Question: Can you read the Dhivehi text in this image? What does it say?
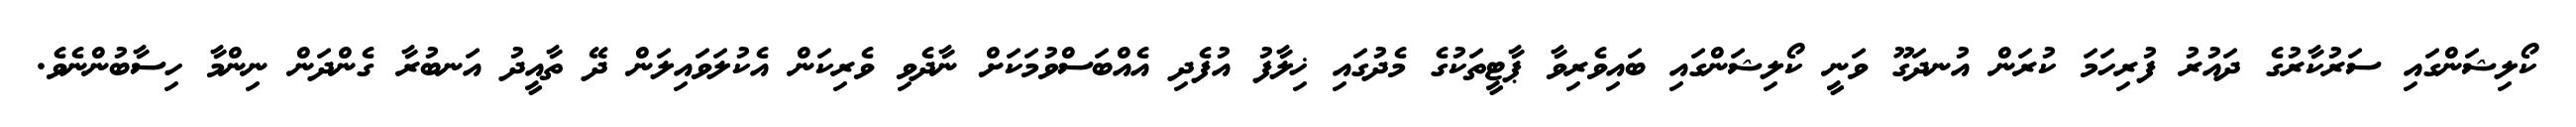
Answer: ކޯލިޝަންގައި ސަރުކާރުގެ ދައުރު ފުރިހަމަ ކުރަން އުނދަގޫ ވަނީ ކޯލިޝަންގައި ބައިވެރިވާ ޕާޓީތަކުގެ މެދުގައި ޚިލާފު އުފެދި އެއްބަސްވުމަކަށް ނާދެވި ވެރިކަން އެކުލަވައިލަން ދޭ ތާއީދު އަނބުރާ ގެންދަން ނިންމާ ހިސާބުންނެވެ.